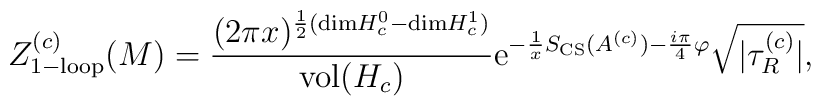
Z^{(c)}_{\rm 1-loop}(M)= { (2 \pi x)^{ {1\over 2}({\rm dim}H^0_c - {\rm dim}H^1_c )} \over {\rm vol} (H_c)} {\rm e}^{-{1 \over x} S_{\rm CS}(A^{(c)}) -{i \pi \over 4}\varphi} {\sqrt {| \tau^{(c)}_R|}},